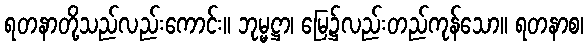
ရတနာတို့သည်လည်းကောင်း။ ဘုမ္မဋ္ဌာ၊ မြေ၌လည်းတည်ကုန်သော။ ရတနာစ၊